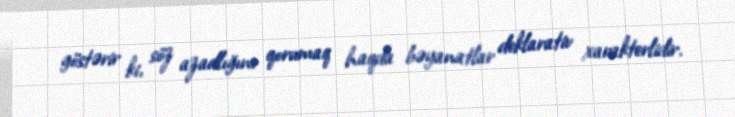
göstərir ki, söz azadlığını qorumaq haqda bəyanatlar deklarativ xarakterlidir.